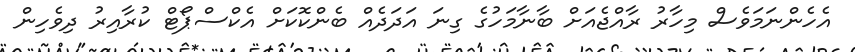
އެހެންނަމަވެސް މިހާރު ރާއްޖެއަށް ބާނާމަހުގެ ގިނަ އަދަދެއް ބެންކޮކަށް އެކްސްޕޯޓް ކުރާއިރު ދިވެހިން